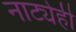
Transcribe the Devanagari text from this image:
नाट्येही